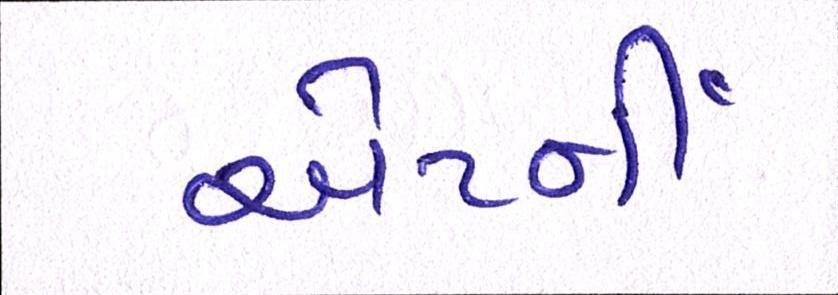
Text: એટર્ની